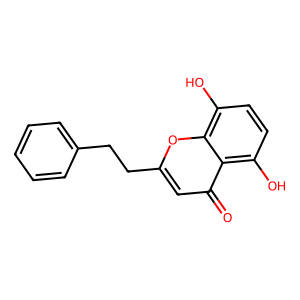
SMILES: O=c1cc(CCc2ccccc2)oc2c(O)ccc(O)c12
Inhibits HIV replication: No